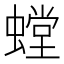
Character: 螳